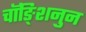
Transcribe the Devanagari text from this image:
चॉङ्शिनुन